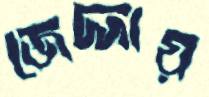
জেদ্দায়